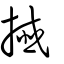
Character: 攕